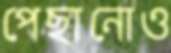
পেছানোও